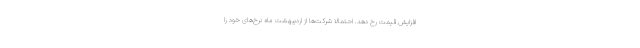
افزایش قیمت رخ دهد. احتمالا شرکت‌ها از اردیبهشت ماه نرخ‌های خود را